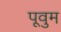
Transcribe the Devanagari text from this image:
पूवुम